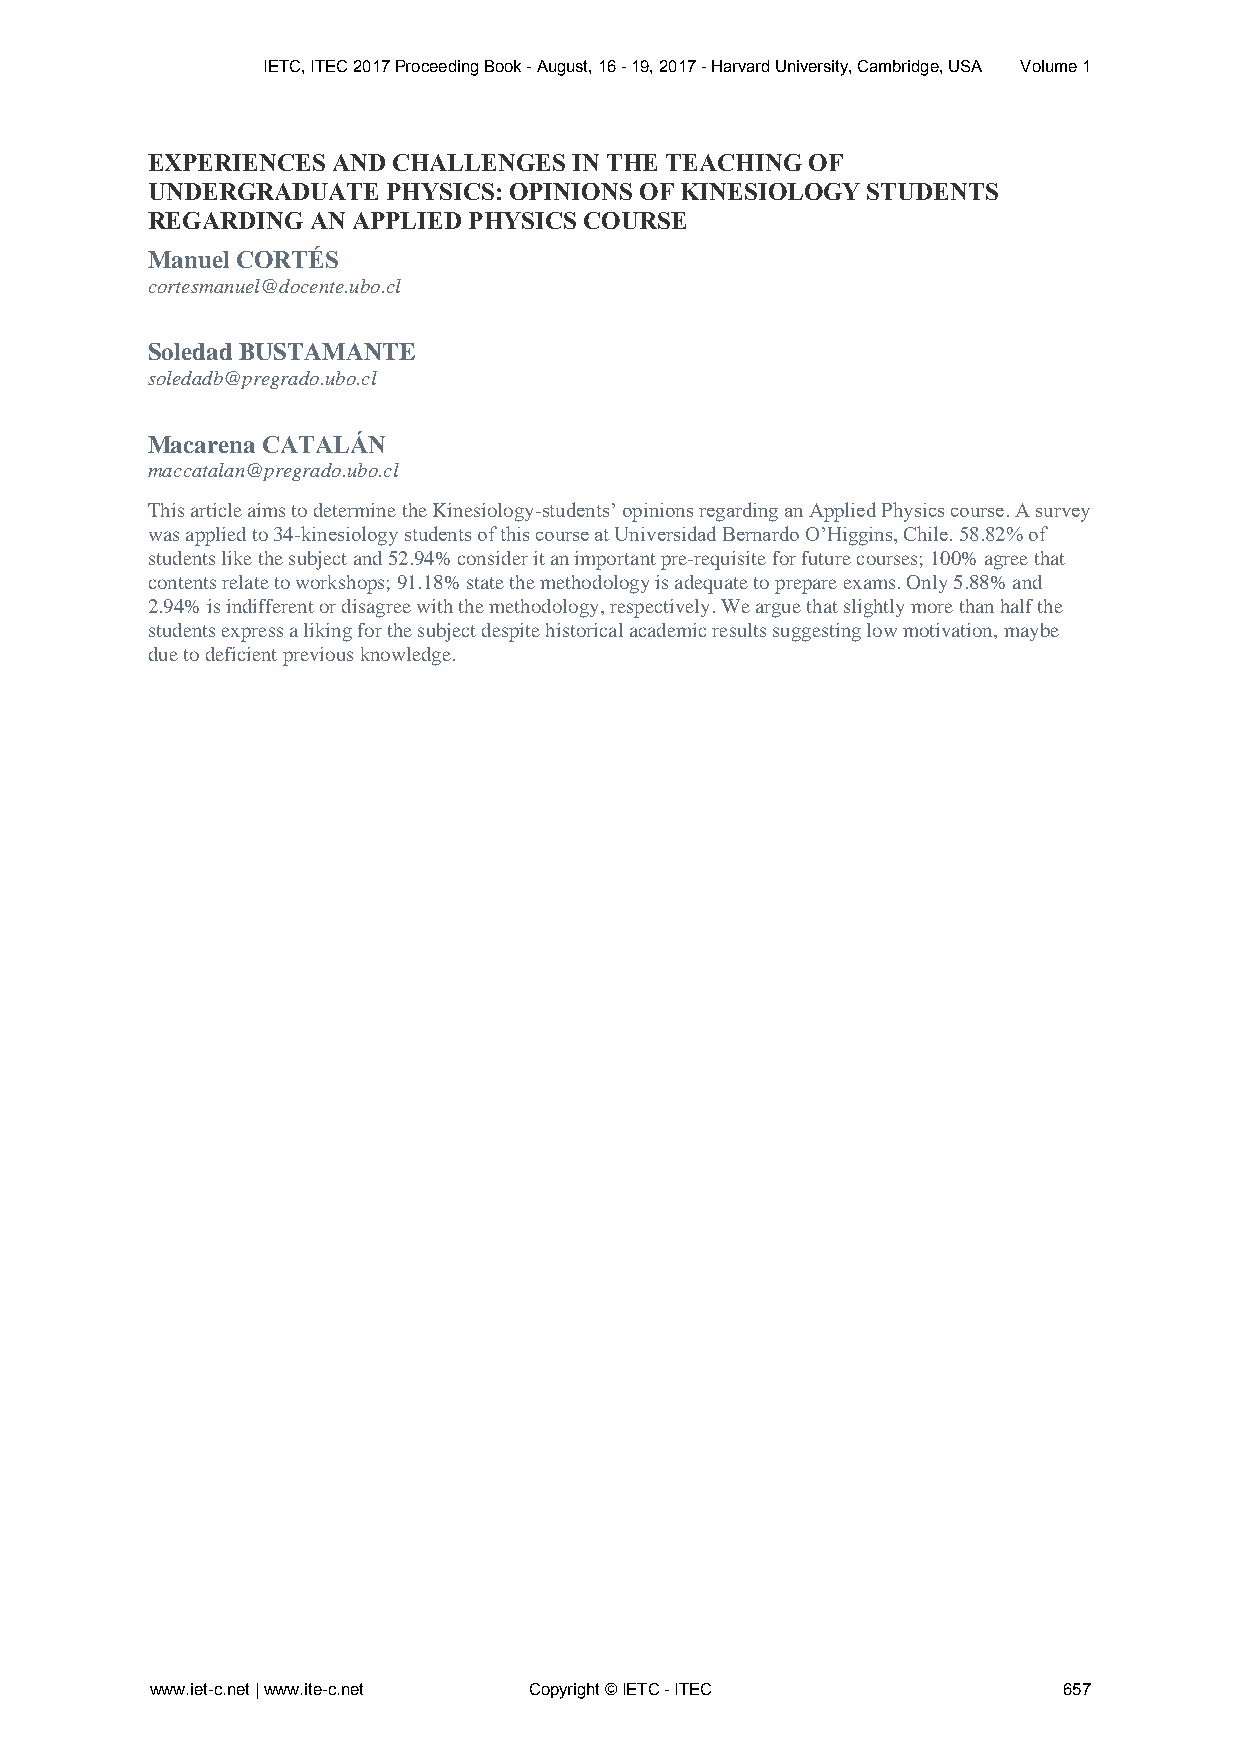
IETC, ITEC 2017 Proceeding Book - August, 16 - 19, 2017 - Harvard University, Cambridge, USA Volume 1
 EXPERIENCES AND CHALLENGES  IN THE TEACHING OF
 UNDERGRADUATE   PHYSICS: OPINIONS OF KINESIOLOGY STUDENTS
 REGARDING AN APPLIED PHYSICS COURSE
 Manuel CORTÉS
 cortesmanuel@docente.ubo.cl
 Soledad BUSTAMANTE
 soledadb@pregrado.ubo.cl
 Macarena CATALÁN
 maccatalan@pregrado.ubo.cl
 This article aims to determine the Kinesiology-students’ opinions regarding an Applied Physics course. A survey
 was applied to 34-kinesiology students of this course at Universidad Bernardo O’Higgins, Chile. 58.82% of
 students like the subject and 52.94% consider it an important pre-requisite for future courses; 100% agree that
 contents relate to workshops; 91.18% state the methodology is adequate to prepare exams. Only 5.88% and
 2.94% is indifferent or disagree with the methodology, respectively. We argue that slightly more than half the
 students express a liking for the subject despite historical academic results suggesting low motivation, maybe
 due to deficient previous knowledge.
 www.iet-c.net | www.ite-c.net Copyright © IETC - ITEC       657